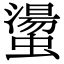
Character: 𧑘